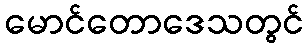
မောင်တောဒေသတွင်